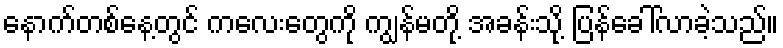
နောက်တစ်နေ့တွင် ကလေးတွေကို ကျွန်မတို့ အခန်းသို့ ပြန်ခေါ်လာခဲ့သည်။